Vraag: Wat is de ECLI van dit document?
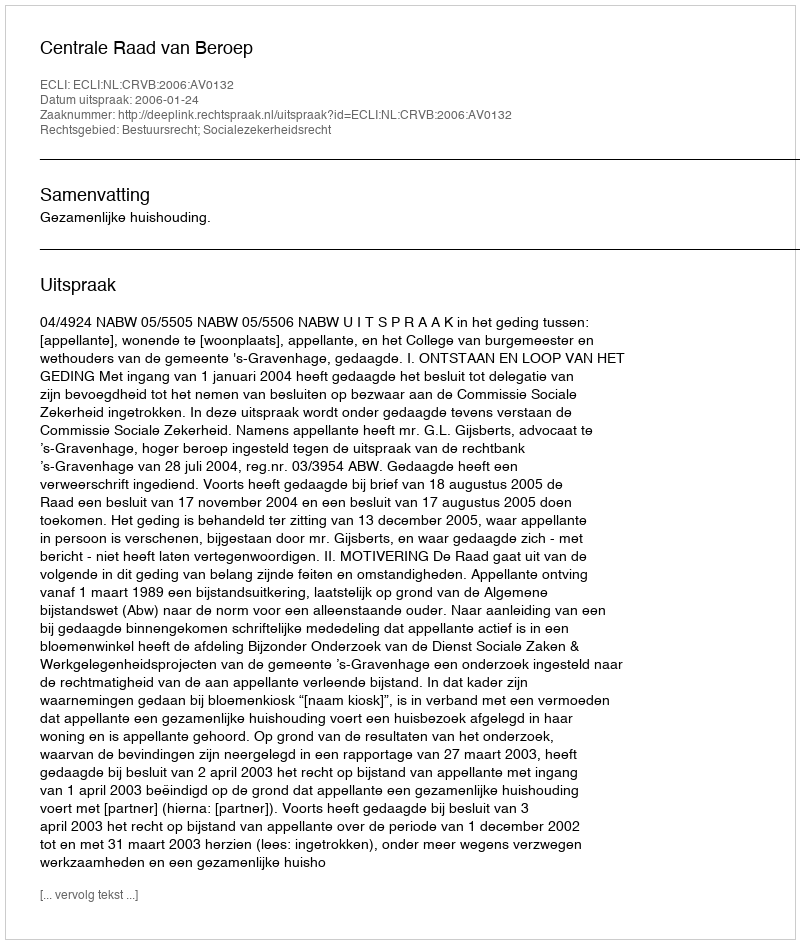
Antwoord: ECLI:NL:CRVB:2006:AV0132